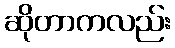
ဆိုတာကလည်း